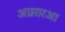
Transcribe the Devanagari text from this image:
आस़ारआ